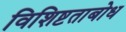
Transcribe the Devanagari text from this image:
विशिष्टताबोध